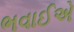
ભવાઈએ